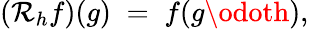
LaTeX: \left(\mathcal{R}_{h}f\right)(g)\; =\; f(g\odoth),